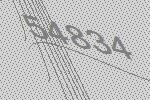
54834